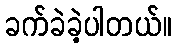
ခက်ခဲခဲ့ပါတယ်။